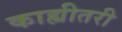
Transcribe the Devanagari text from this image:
काह्यीतरी